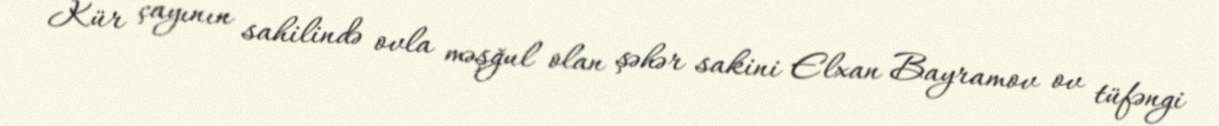
Kür çayının sahilində ovla məşğul olan şəhər sakini Elxan Bayramov ov tüfəngi